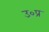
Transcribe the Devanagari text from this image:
उ०प्र